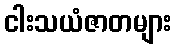
ငါးသယံဇာတများ